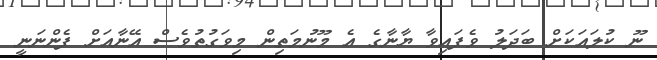
ނޫ ކުލައަކަށް ބަދަލު ވެފައިވާ ޔާނާގެ އެ މޫނުމަތިން މިވަގުތުވެސް އޭނާއަށް ފެންނަނީ